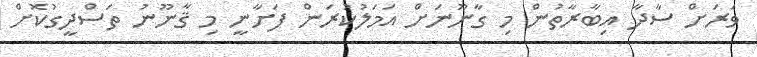
ވަރަށް ސާދާ އިބާރާތުން މި ގާނޫނަށް އަމަލުކުރަން ފަށާނީ މި ޤާނޫނު ތަސްދީގުކޮށް